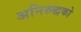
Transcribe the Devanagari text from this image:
अनिरुद्धको